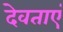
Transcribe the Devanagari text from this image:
देवताएं